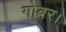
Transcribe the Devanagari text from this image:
गोबर।